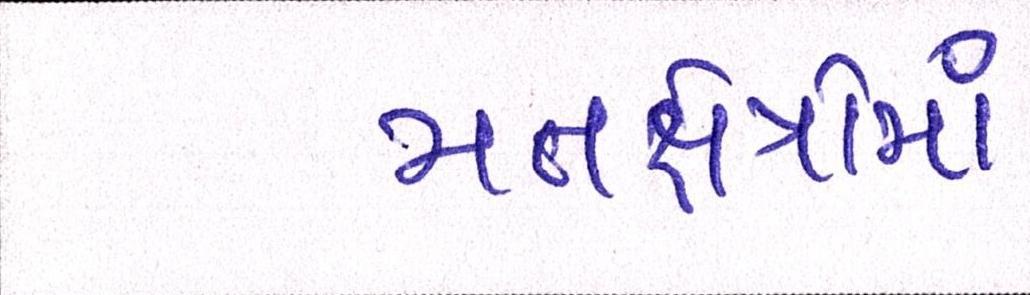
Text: મતક્ષેત્રોમાં